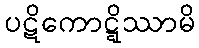
ပဋိကောဋ္ဋိဿာမိ